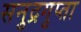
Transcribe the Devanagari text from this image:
सनुद्रगुप्ता